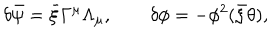
\delta \bar { \psi } = \bar { \xi } \Gamma ^ { \mu } \Lambda _ { \mu } , \qquad \delta \phi = - \phi ^ { 2 } ( \bar { \xi } \theta ) ,